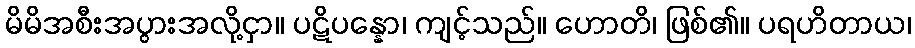
မိမိအစီးအပွားအလို့ငှာ။ ပဋိပန္နော၊ ကျင့်သည်။ ဟောတိ၊ ဖြစ်၏။ ပရဟိတာယ၊